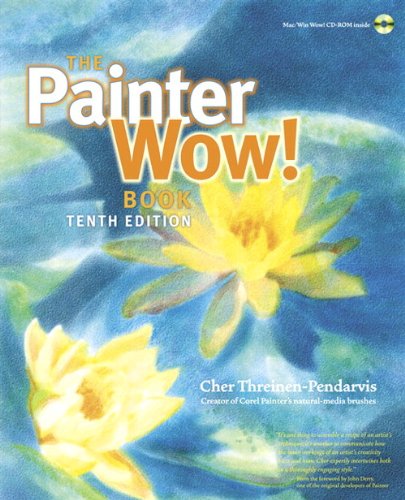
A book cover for The Painter Wow! Book (10th Edition); Cher Threinen-Pendarvis; Computers & Technology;